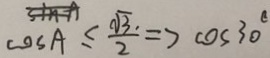
\cos A \leq \frac { \sqrt { 3 } . } { 2 } \Rightarrow \cos 3 0 ^ { \circ }